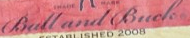
Bull and Buck